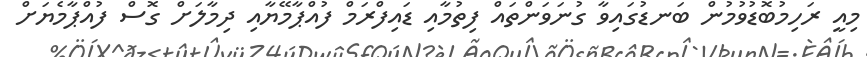
މިއީ ރަހިމުބޮޑުވުމުން ބަނޑުގައިވާ ގުނަވަންތައް ފިތުމާއި ޑައިފްރަމް ފުއްޕާމޭޔާއި ދިމާލަށް ގޮސް ފުއްޕާމެޔަށް